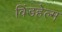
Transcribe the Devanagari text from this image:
विंडहेल्म